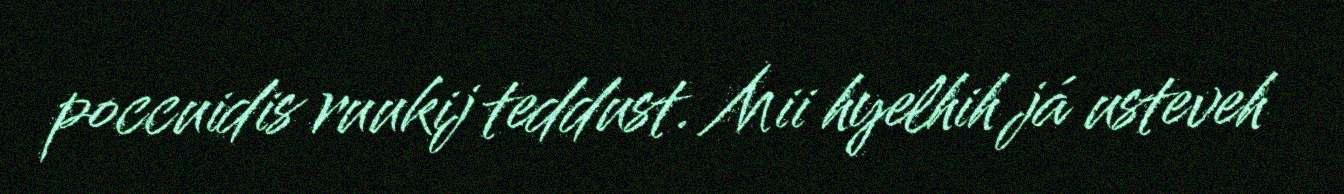
poccuidis ruukij teddust. Mii hyelhih já usteveh